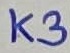
Text: K3